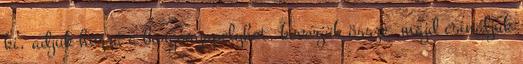
ki, adjuk hozzá a burgonyapelyhet, keverjük össze, majd csináljuk